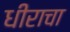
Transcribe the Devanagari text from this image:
धीराचा